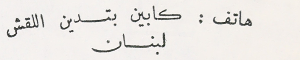
هاتف : كابين بتدين اللقش لبنان